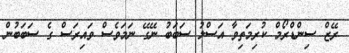
ރޭޒް ސިންޑްރޯމް ކުރިމަތިވާ އަސްލު ސަބަބު ނޭގޭ ނަމަވެސް ވައިރަސް ގެ ސަބަބުން